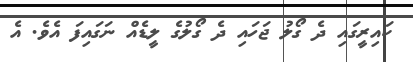
ކައިރީގައި ދެ ގޯލު ޖަހައި ދެ ގޯލުގެ ލީޑެއް ނަގައިފަ އެވެ. އެ